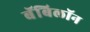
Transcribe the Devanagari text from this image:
बॅबिलॉन